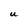
Character: U